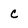
Character: c